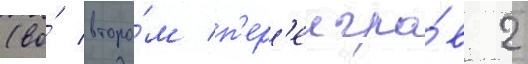
(во́ второ́м п'ер'еигра́в 2